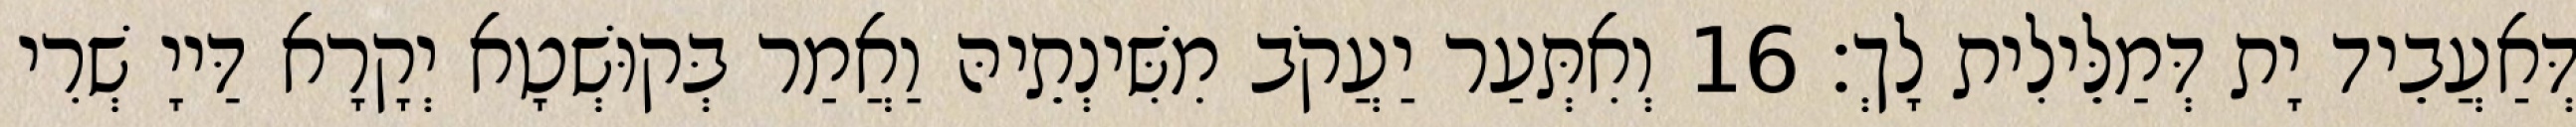
דְּאַעֲבֵיד יָת דְּמַלֵּילִית לָךְ׃ 16 וְאִתְּעַר יַעֲקֹב מִשִּׁינְתֵיהּ וַאֲמַר בְּקוּשְׁטָא יְקָרָא דַּייָ שְׁרִי